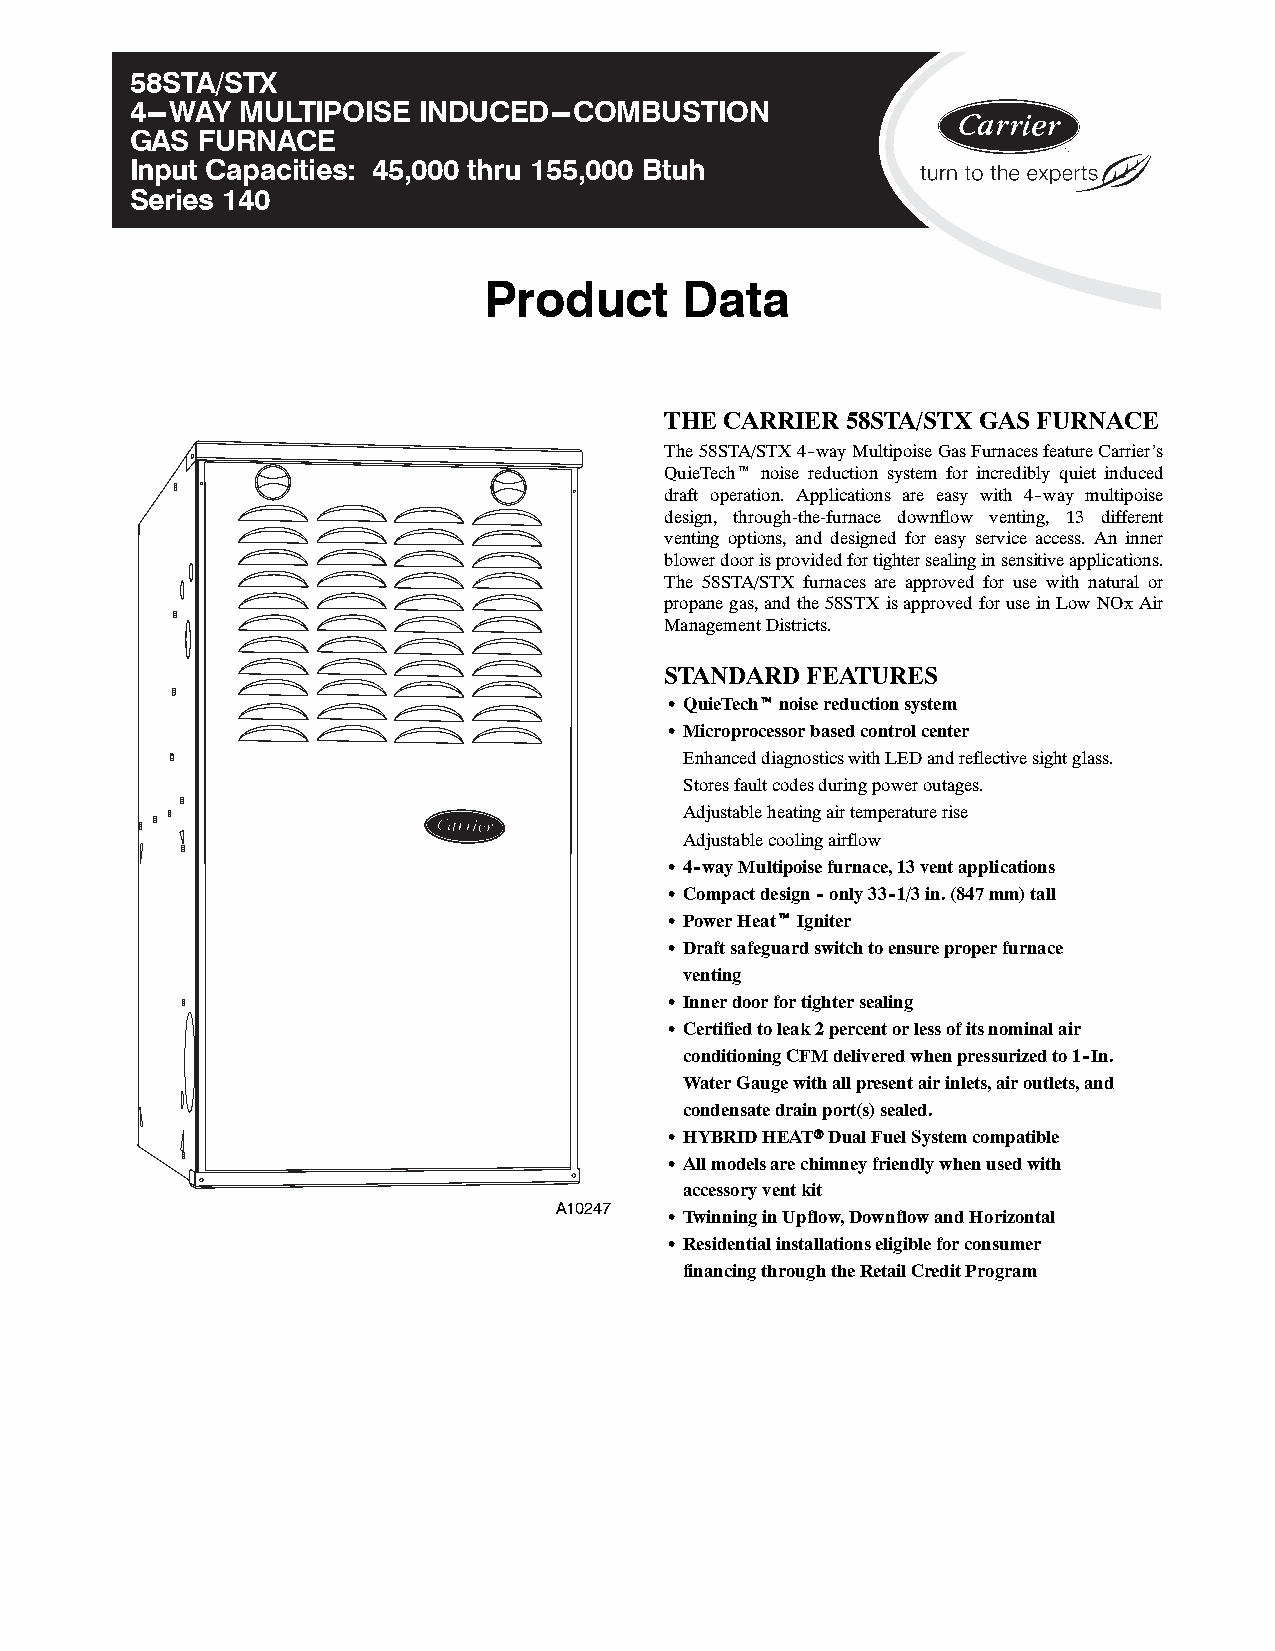
58STA/STX
 4---WAY MULTIPOISE INDUCED---COMBUSTION
 GAS FURNACE
 Input Capacities: 45,000 thru 155,000 Btuh
 Series 140
 Product      Data
 THE CARRIER 58STA/STX GAS FURNACE
 The58STA/STX4--wayMultipoiseGasFurnacesfeatureCarrier’s
 QuieTecht noise reduction system for incredibly quiet induced
 draft operation. Applications are easy with 4--way multipoise
 design, through-the-furnace downflow venting, 13 different
 venting options, and designed for easy service access. An inner
 blowerdoorisprovidedfortightersealinginsensitiveapplications.
 The 58STA/STX furnaces are approved for use with natural or
 propanegas,andthe58STXisapprovedforuseinLowNOxAir
 ManagementDistricts.
 STANDARD FEATURES
 S QuieTechtnoisereductionsystem
 S Microprocessorbasedcontrolcenter
 EnhanceddiagnosticswithLEDandreflectivesightglass.
 Storesfaultcodesduringpoweroutages.
 Adjustableheatingairtemperaturerise
 Adjustablecoolingairflow
 S 4--wayMultipoisefurnace,13ventapplications
 S Compactdesign--only33--1/3in.(847mm)tall
 S PowerHeattIgniter
 S Draftsafeguardswitchtoensureproperfurnace
 venting
 S Innerdoorfortightersealing
 S Certifiedtoleak2percentorlessofitsnominalair
 conditioningCFMdeliveredwhenpressurizedto1--In.
 WaterGaugewithallpresentairinlets,airoutlets,and
 condensatedrainport(s)sealed.
 S HYBRIDHEATrDualFuelSystemcompatible
 S Allmodelsarechimneyfriendlywhenusedwith
 accessoryventkit
 A10247
 S TwinninginUpflow,DownflowandHorizontal
 S Residentialinstallationseligibleforconsumer
 financingthroughtheRetailCreditProgram